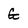
Character: G